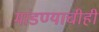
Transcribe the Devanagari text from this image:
मांडण्याचीही